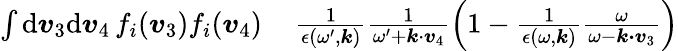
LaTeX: \begin{array}{rl}{\int\mathrm{d}\boldsymbol{v}_{3}\mathrm{d}\boldsymbol{v}_{4}\, f_{i}(\boldsymbol{v}_{3})f_{i}(\boldsymbol{v}_{4})\, }&{{}\frac{1}{\epsilon(\omega^{\prime},\boldsymbol{k})}\frac{1}{\omega^{\prime}+\boldsymbol{k}\cdot\boldsymbol{v}_{4}}\left(1-\frac{1}{\epsilon(\omega,\boldsymbol{k})}\frac{\omega}{\omega-\boldsymbol{k\cdot v}_{3}}\right)}\end{array}